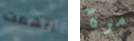
اتهمت مرة